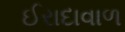
ઈરાદાવાળ